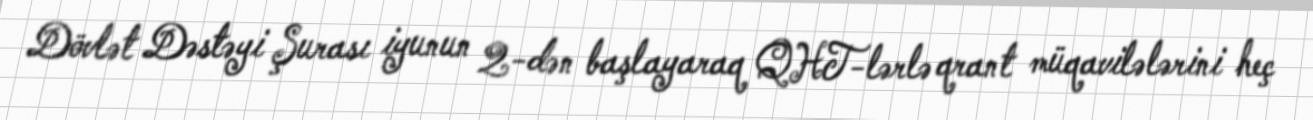
Dövlət Dəstəyi Şurası iyunun 2-dən başlayaraq QHT-lərlə qrant müqavilələrini heç